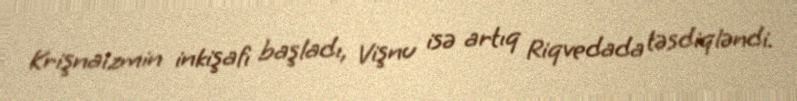
Krişnaizmin inkişafı başladı, Vişnu isə artıq Riqvedada təsdiqləndi.